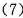
(7)36×25%=